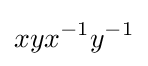
xyx^{-1}y^{-1}